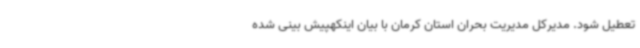
تعطیل شود. مدیرکل مدیریت بحران استان کرمان با بیان اینکهپیش بینی شده